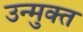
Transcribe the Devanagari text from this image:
उन्‍मुक्‍त